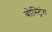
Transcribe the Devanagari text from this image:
बोस्ट्रिंग